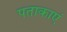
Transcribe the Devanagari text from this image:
पताकाएं